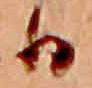
日